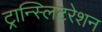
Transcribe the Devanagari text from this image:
ट्रान्स्लिटरेशन